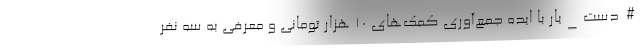
#دست_یار با ایده جمع‌آوری کمک‌های ۱۰ هزار تومانی و معرفی به سه نفر